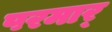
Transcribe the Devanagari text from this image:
परमार्